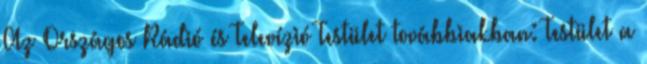
Az Országos Rádió és Televízió Testület továbbiakban: Testület a